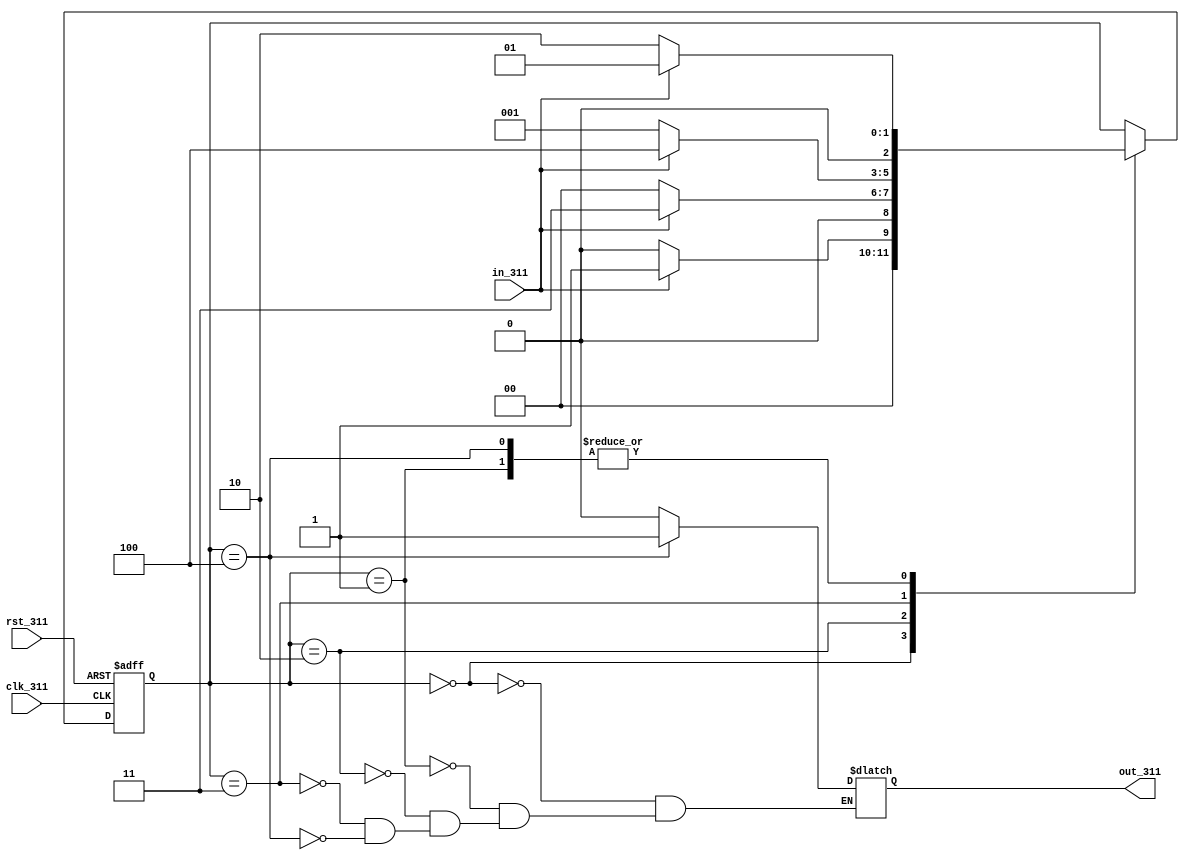
`timescale 1ns / 1ps
//////////////////////////////////////////////////////////////////////////////////
// Company: 
// Engineer: 
// 
// Design Name: 
// Module Name:    moore_311 
// Project Name: 
// Target Devices: 
// Tool versions: 
// Description: 
//
// Dependencies: 
//
// Revision: 
// Revision 0.01 - File Created
// Additional Comments: 
//
//////////////////////////////////////////////////////////////////////////////////
module moore_311 (out_311,in_311, clk_311,rst_311);
  output reg out_311;
  input in_311, clk_311,  rst_311;
  reg [2:0] state_311;  
  parameter s0_311=0,s1_311=1,s2_311=2,s3_311=3,s4_311=4;

	always@(negedge clk_311 or posedge rst_311)
		
				if(rst_311)
					state_311<=s0_311;
				else
					case(state_311)
							s0_311: if(in_311) state_311 <=s1_311;
								 else state_311 <= s0_311;
							s1_311: if(in_311) state_311 <=s1_311;
								 else state_311 <= s2_311;
							s2_311: if(in_311) state_311 <=s3_311;
								 else state_311 <= s0_311;
							s3_311: if(in_311) state_311 <=s4_311;
								 else state_311 <= s1_311;
							s4_311: if(in_311) state_311 <=s1_311;
							    else state_311 <=s2_311;
					endcase
					
	always@(state_311)
		
					case(state_311)
							s0_311: out_311 <=0;
							s1_311: out_311 <=0;
							s2_311: out_311 <=0;
							s3_311: out_311 <=0;
							s4_311: out_311 <=1;
					endcase
					

endmodule